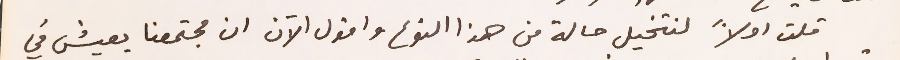
قلت اولاً لنتخيل حالة من هذا النوع واقول الآن ان مجتمعنا يعيش في